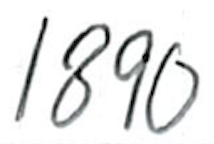
Text: 1890
Cross-out: clean
Writing tool: ballpoint